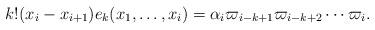
LaTeX: \begin{align*} k! (x_i-x_{i+1}) e_k(x_1,\ldots,x_i) = \alpha_i \varpi_{i-k+1}\varpi_{i-k+2}\cdots\varpi_{i} .\end{align*}